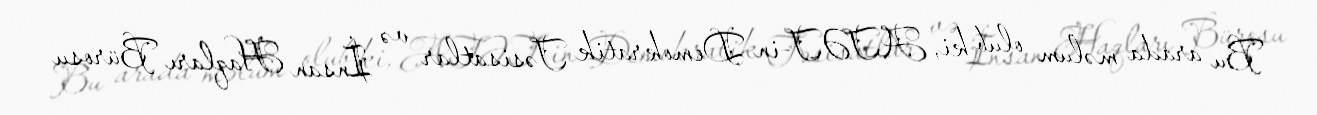
Bu arada məlum olub ki, ATƏT-in Demokratik Təsisatlar və İnsan Haqları Bürosu